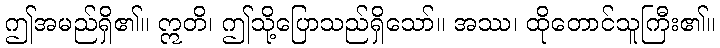
ဤအမည်ရှိ၏။ ဣတိ၊ ဤသို့ပြောသည်ရှိသော်။ အဿ၊ ထိုတောင်သူကြီး၏။